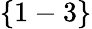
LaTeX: \{ 1-3\}